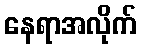
နေရာအလိုက်